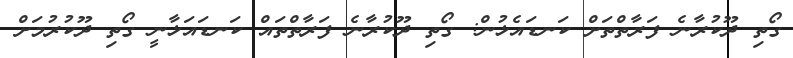
ގޯތި ދޫކުރާނެ ފަރާތްތަށް ކަނޑައެޅުން: ގޯތި ދޫކުރާނެ ފަރާތްތައް ކަނޑައަޅާނީ ގޯތި ދޫކުރުމަށް